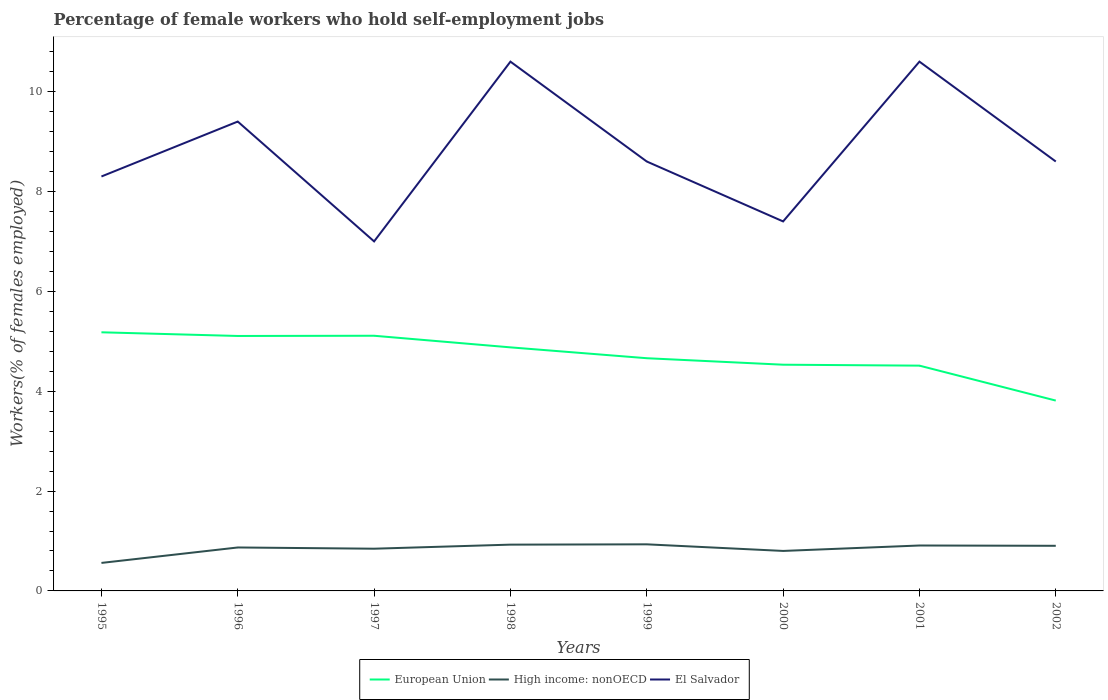
| Years | European Union | High income: nonOECD | El Salvador |
 | --- | --- | --- | --- |
 | 1995 | 5.18 | 0.561 | 8.3 |
 | 1996 | 5.11 | 0.87 | 9.4 |
 | 1997 | 5.11 | 0.845 | 7 |
 | 1998 | 4.88 | 0.927 | 10.6 |
 | 1999 | 4.66 | 0.933 | 8.6 |
 | 2000 | 4.53 | 0.801 | 7.4 |
 | 2001 | 4.51 | 0.91 | 10.6 |
 | 2002 | 3.81 | 0.904 | 8.6 |